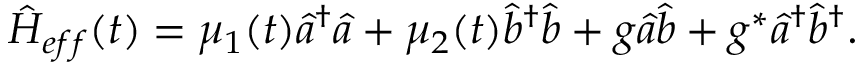
{ \hat { H } } _ { e f f } ( t ) = \mu _ { 1 } ( t ) { \hat { a } } ^ { \dagger } { \hat { a } } + \mu _ { 2 } ( t ) { \hat { b } } ^ { \dagger } { \hat { b } } + g { \hat { a } } { \hat { b } } + g ^ { * } { \hat { a } } ^ { \dagger } { \hat { b } } ^ { \dagger } .